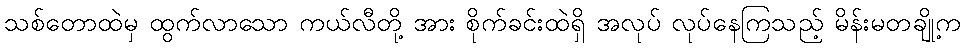
သစ်တောထဲမှ ထွက်လာသော ကယ်လီတို့ အား စိုက်ခင်းထဲရှိ အလုပ် လုပ်နေကြသည့် မိန်းမတချို့က